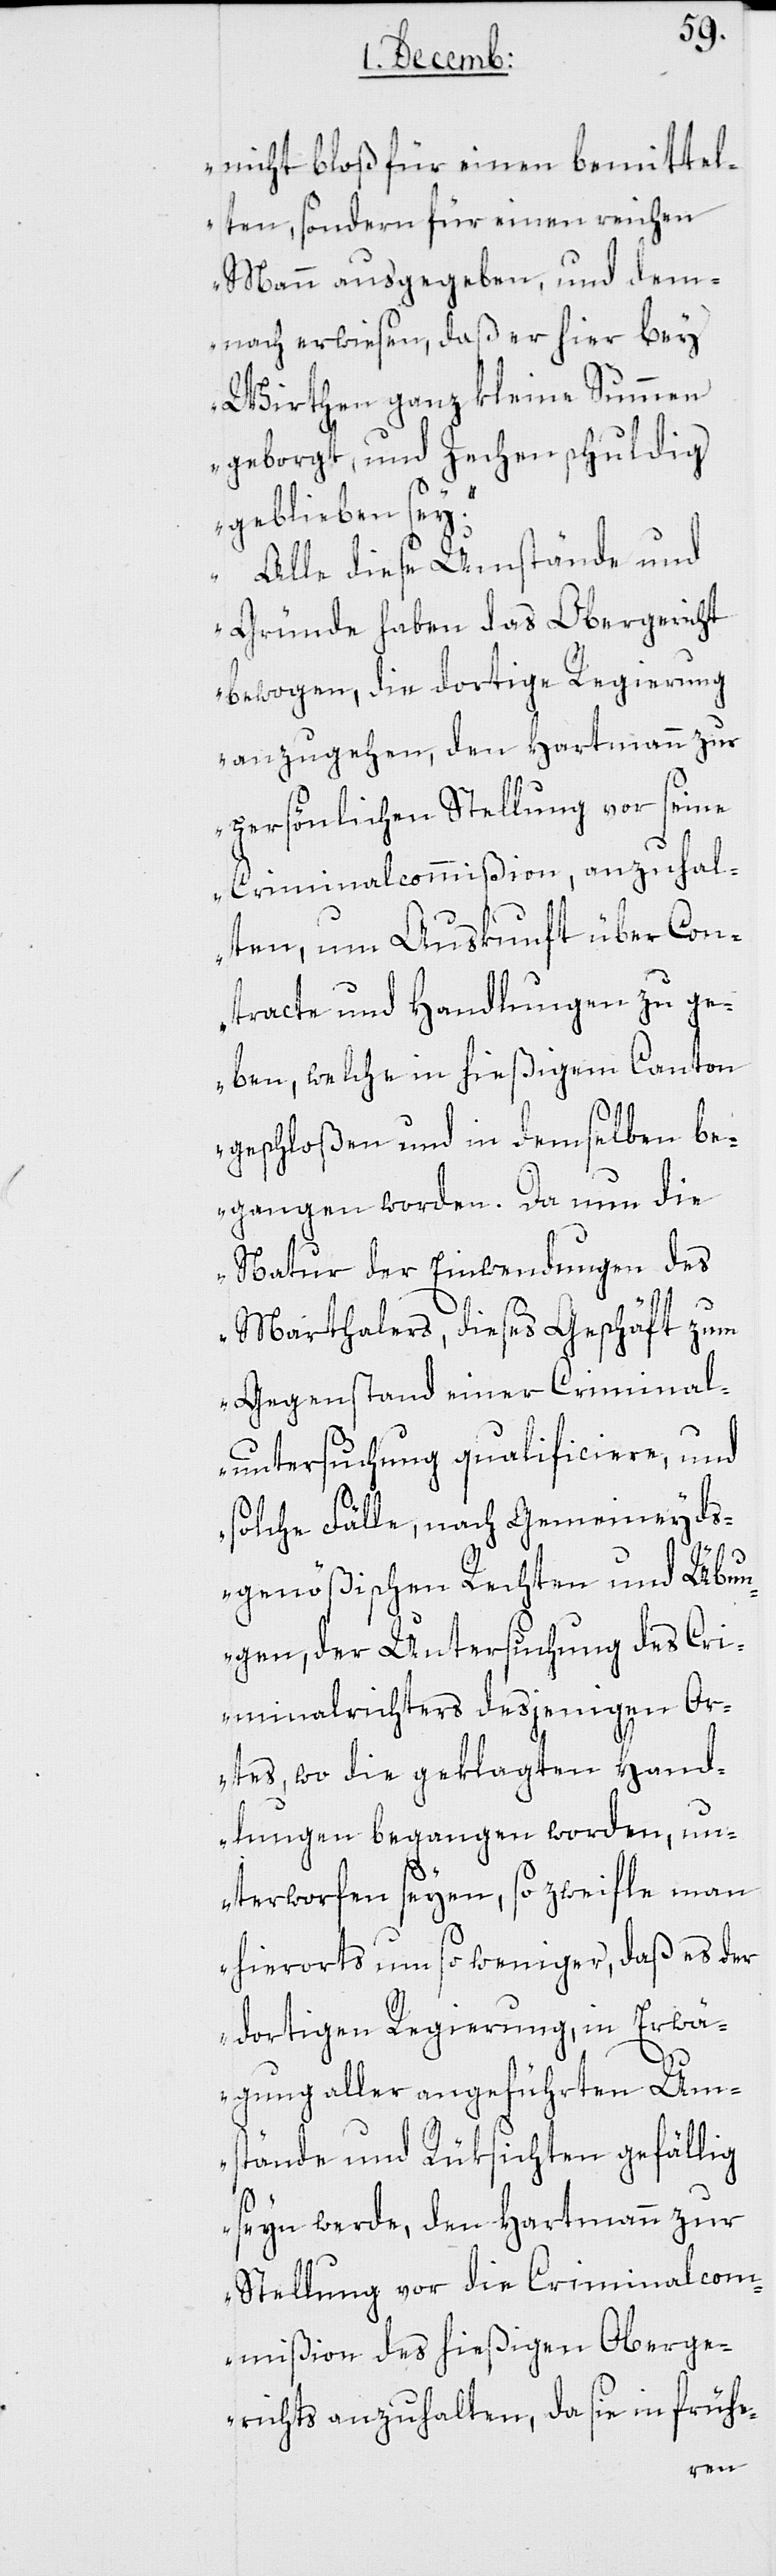
nicht bloß für einen bemittel¬
ten, sondern für einen reichen
Mann ausgegeben, und dem¬
nach erwiesen, daß er hier bey
Wirthen ganz kleine Summen
geborgt, und Zechen schuldig
geblieben sey.
Alle diese Umstände und
Gründe haben das Obergericht
bewogen, die dortige Regierung
anzugehen, den Hartmann zur
persönlichen Stellung vor seine
Criminalcommißion, anzuhal¬
ten, um Auskunft über Con¬
tracte und Handlungen zu ge¬
ben, welche in hießigem Canton
geschloßen und in demselben be¬
gangen worden. Da nun die
Natur der Einwendungen des
Marthalers, dieses Geschäft zum
Gegenstand einer Criminal¬
untersuchung qualificiere, und
solche Fälle, nach Gemeineyds¬
genößischen Rechten und Übun¬
gen, der Untersuchung des Cri¬
minalrichters desjenigen Or¬
tes, wo die geklagten Hand¬
lungen begangen worden, un¬
terworfen seyen, so zweifle man
hierorts um so weniger, daß es der
dortigen Regierung, in Erwä¬
gung aller angeführten Um¬
stände und Rüksichten gefällig
seyn werde, den Hartmann zur
Stellung vor die Criminalcom¬
mißion des hießigen Oberge¬
richts anzuhalten, da sie in frühe-